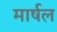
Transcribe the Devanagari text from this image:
मार्षल